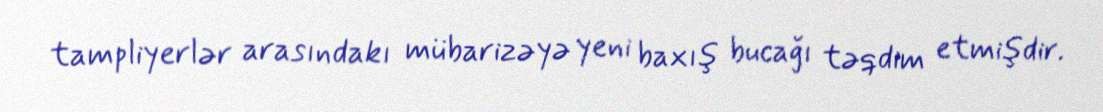
tampliyerlər arasındakı mübarizəyə yeni baxış bucağı təqdim etmişdir.